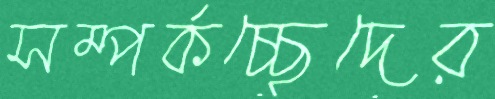
সম্পর্কচ্ছেদের